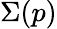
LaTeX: \Sigma(p)